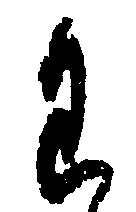
た